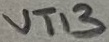
Text: VT13